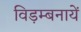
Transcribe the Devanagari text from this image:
विड़म्बनायें